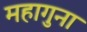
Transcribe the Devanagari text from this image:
महागुना